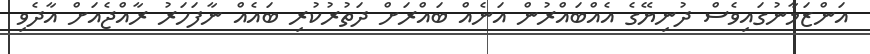
އަންޒަމާނުގައިވެސް ދުނިޔޭގެ އެއްބައްރުން އަނެއް ބައްރަށް ދަތުރުކުރި ބައެއް ނާފަހަރު ރާއްޖެއަށް އާދެވި